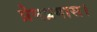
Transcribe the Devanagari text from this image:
प्रेमप्रगास।